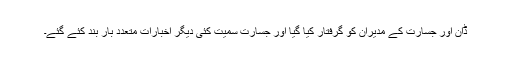
ڈان اور جسارت کے مدیران کو گرفتار کیا گیا اور جسارت سمیت کئی دیگر اخبارات متعدد بار بند کئے گئے۔